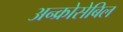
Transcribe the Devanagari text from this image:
अन्क्रोसेबिल